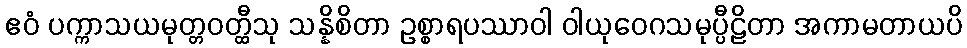
ဧဝံ ပက္ကာသယမုတ္တဝတ္ထီသု သန္နိစိတာ ဥစ္စာရပဿာဝါ ဝါယုဝေဂသမုပ္ပီဠိတာ အကာမတာယပိ